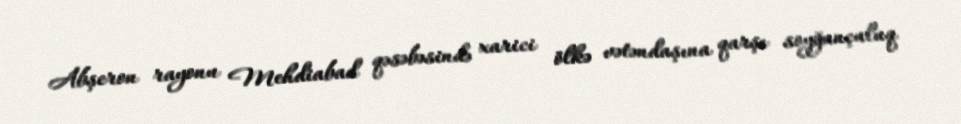
Abşeron rayonu Mehdiabad qəsəbəsində xarici ölkə vətəndaşına qarşı soyğunçuluq